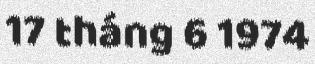
17 tháng 6 1974